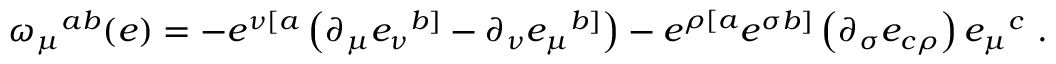
\omega _ { \mu } { } ^ { a b } ( e ) = - e ^ { \nu [ a } \left( \partial _ { \mu } e _ { \nu } { } ^ { b ] } - \partial _ { \nu } e _ { \mu } { } ^ { b ] } \right) - e ^ { \rho [ a } e ^ { \sigma b ] } \left( \partial _ { \sigma } e _ { c \rho } \right) e _ { \mu } { } ^ { c } \ .